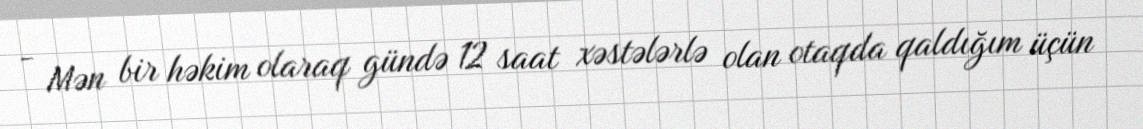
- Mən bir həkim olaraq gündə 12 saat xəstələrlə olan otaqda qaldığım üçün